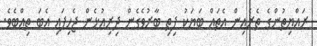
ރައްޔިތުންގެ ތެރެއިން އެތައް ބަޔަކު ފިތި ބާރުވެގެން ދިރިއުޅެން ޖެހިފައި އެބަ ތިއްބެވެ.